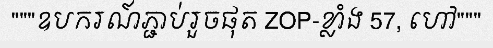
"""ឧបករណ៍ភ្ជាប់រួចផុត ZOP-ខ្លាំង 57, ហៅ"""